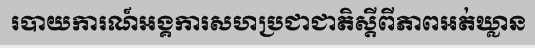
របាយការណ៍អង្គការសហប្រជាជាតិស្តីពីភាពអត់ឃ្លាន